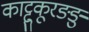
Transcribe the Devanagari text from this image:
काट्टुकूरङङु